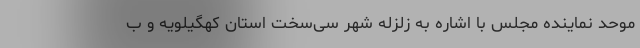
موحد نماینده مجلس با اشاره به زلزله شهر سی‌سخت استان کهگیلویه و ب